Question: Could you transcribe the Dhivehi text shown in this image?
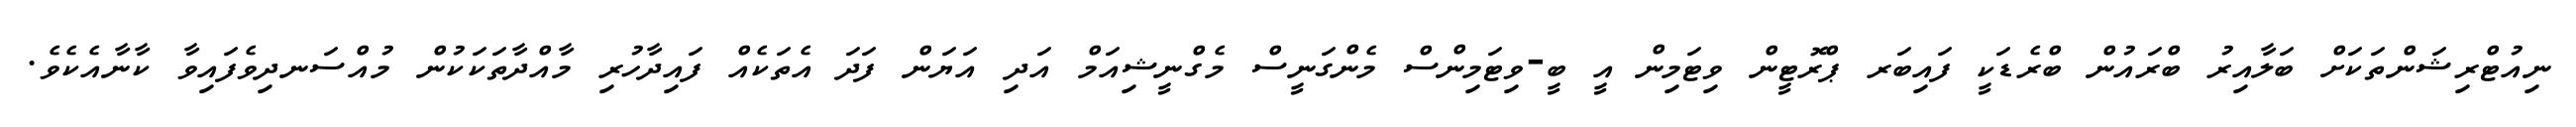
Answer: ނިއުޓްރިޝަންތަކަށް ބަލާއިރު ބްރައުން ބްރެޑަކީ ފައިބަރ ޕްރޮޓީން ވިޓަމިން އީ ބީ-ވިޓަމިންސް މެންގަނީސް މެގްނީޝިއަމް އަދި އަޔަން ފަދަ އެތަކެއް ފައިދާހުރި މާއްދާތަކަކުން މުއްސަނދިވެފައިވާ ކާނާއެކެވެ.